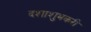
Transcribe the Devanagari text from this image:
दशाशुभकरी